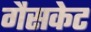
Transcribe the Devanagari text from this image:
गैसकेट